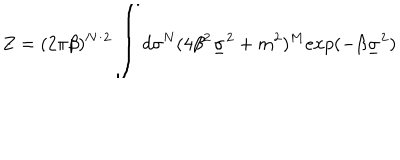
LaTeX: Z = ( 2 \pi \beta ) ^ { N / 2 } { \LARGE \int } d \sigma ^ { N } ( 4 \beta ^ { 2 } \underline { { { \sigma } } } ^ { 2 } + m ^ { 2 } ) ^ { M } e x p ( - \beta \underline { { { \sigma } } } ^ { 2 } )